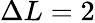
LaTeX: \Delta L=2